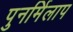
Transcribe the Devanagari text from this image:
पुनर्मिलाप